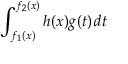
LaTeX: \int _ { f _ { 1 } ( x ) } ^ { f _ { 2 } ( x ) } h ( x ) g ( t ) \, d t